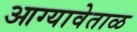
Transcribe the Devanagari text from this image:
आग्यावेताळ